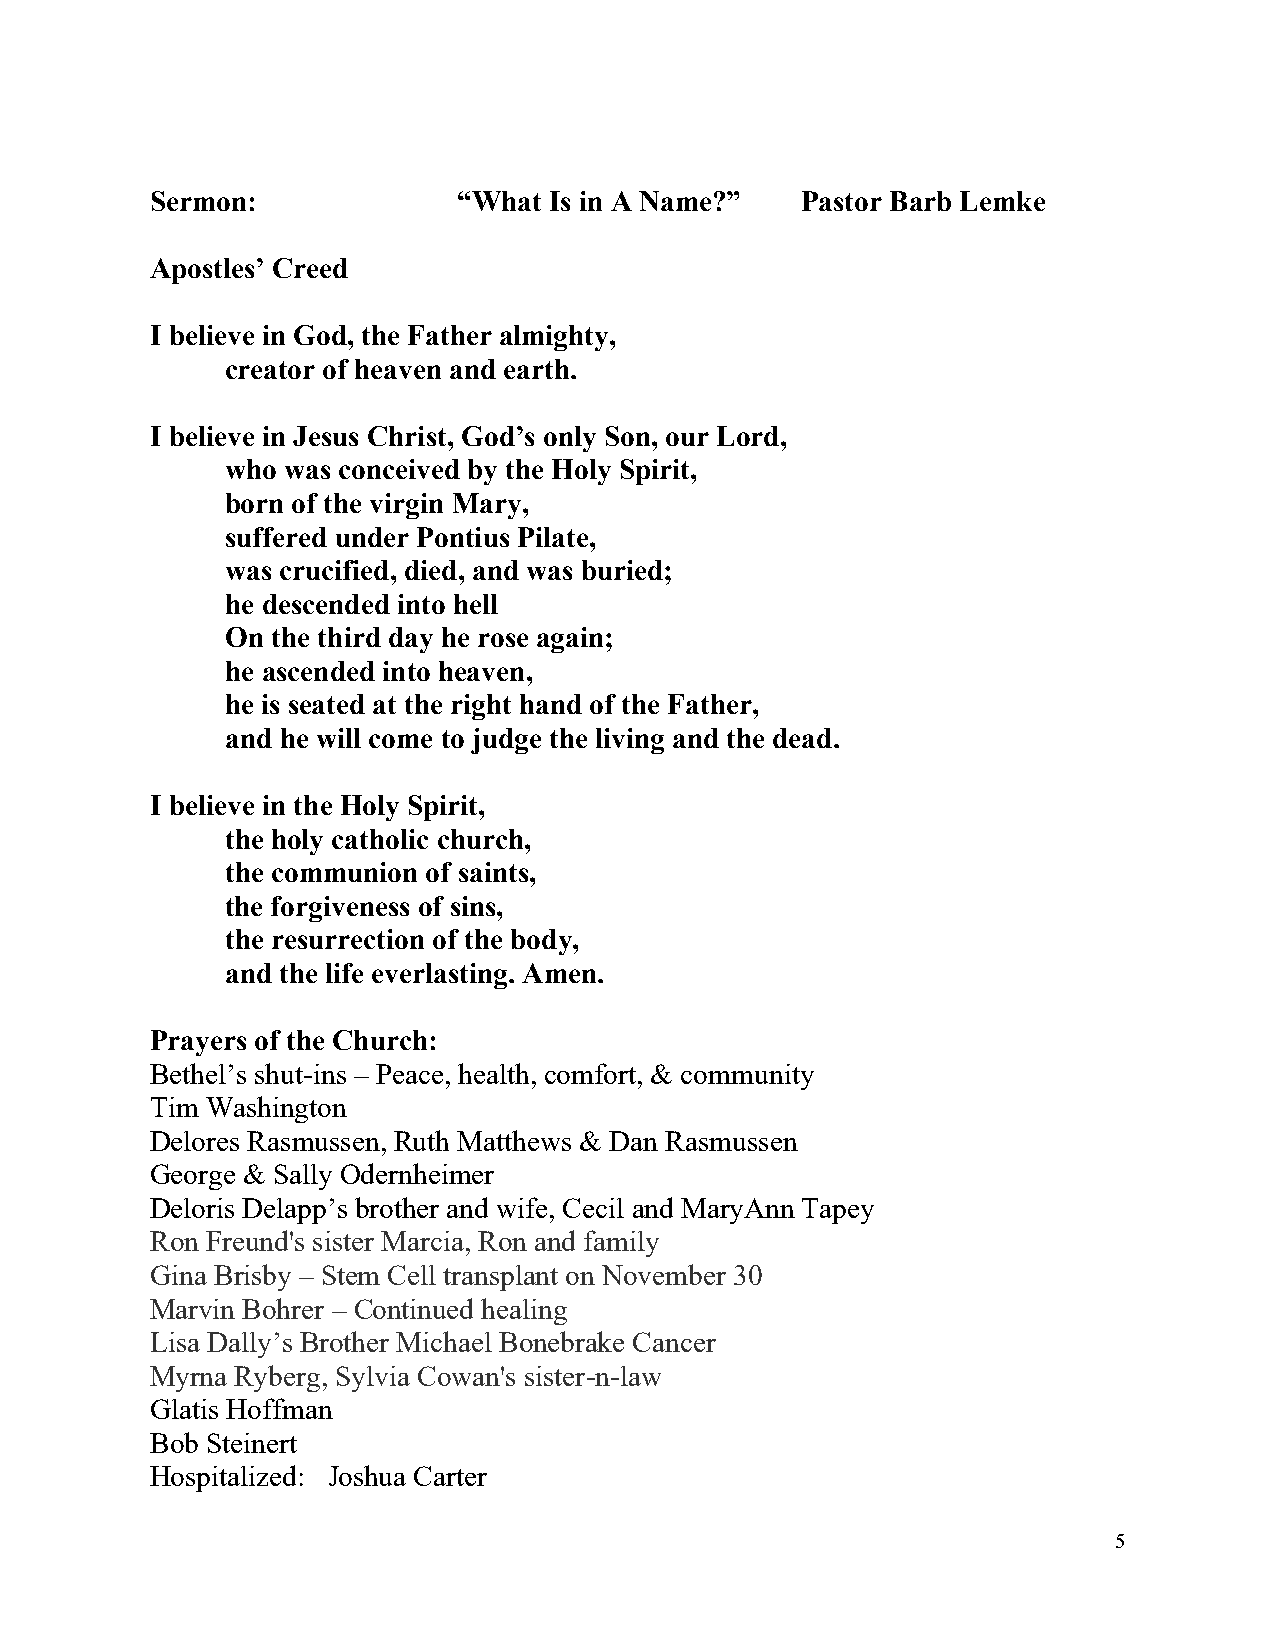
Sermon:             “What Is in A Name?”   Pastor Barb Lemke
 Apostles’ Creed
 I believe in God, the Father almighty,
 creator of heaven and earth.
 I believe in Jesus Christ, God’s only Son, our Lord,
 who was conceived by the Holy Spirit,
 born of the virgin Mary,
 suffered under Pontius Pilate,
 was crucified, died, and was buried;
 he descended into hell
 On the third day he rose again;
 he ascended into heaven,
 he is seated at the right hand of the Father,
 and he will come to judge the living and the dead.
 I believe in the Holy Spirit,
 the holy catholic church,
 the communion of saints,
 the forgiveness of sins,
 the resurrection of the body,
 and the life everlasting. Amen.
 Prayers of the Church:
 Bethel’s shut-ins – Peace, health, comfort, & community
 Tim Washington
 Delores Rasmussen, Ruth Matthews & Dan Rasmussen
 George & Sally Odernheimer
 Deloris Delapp’s brother and wife, Cecil and MaryAnn Tapey
 Ron Freund's sister Marcia, Ron and family
 Gina Brisby – Stem Cell transplant on November 30
 Marvin Bohrer – Continued healing
 Lisa Dally’s Brother Michael Bonebrake Cancer
 Myrna Ryberg, Sylvia Cowan's sister-n-law
 Glatis Hoffman
 Bob Steinert
 Hospitalized: Joshua Carter
 5